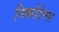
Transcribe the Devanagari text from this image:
निकोडेमस